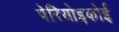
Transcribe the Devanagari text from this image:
पेरियोइकोई